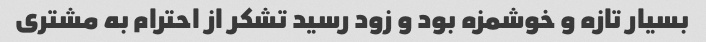
بسیار تازه و خوشمزه بود و زود رسید تشکر از احترام به مشتری